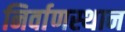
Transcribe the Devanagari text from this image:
निर्वाणस्थान